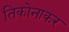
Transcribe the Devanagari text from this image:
तिकोनाकर